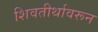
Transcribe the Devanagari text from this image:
शिवतीर्थावरून